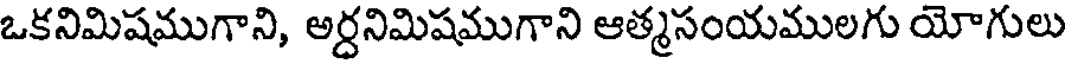
ఒకనిమిషముగాని, అర్ధనిమిషముగాని ఆత్మసంయములగు యోగులు